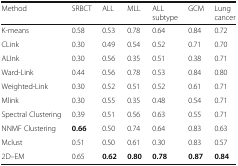
| Method | SRBCT | ALL | MLL | ALL subtype | GCM | Lung cancer |
 | --- | --- | --- | --- | --- | --- | --- |
 | K-means | 0.58 | 0.53 | 0.78 | 0.64 | 0.84 | 0.72 |
 | CLink | 0.30 | 0.49 | 0.54 | 0.52 | 0.71 | 0.70 |
 | ALInk | 0.30 | 0.56 | 0.35 | 0.51 | 0.38 | 0.71 |
 | Ward-Link | 0.44 | 0.56 | 0.78 | 0.53 | 0.84 | 0.80 |
 | Weighted-Link | 0.30 | 0.52 | 0.51 | 0.52 | 0.61 | 0.71 |
 | Mlink | 0.30 | 0.55 | 0.35 | 0.48 | 0.54 | 0.71 |
 | Spectral Clustering | 0.39 | 0.51 | 0.56 | 0.63 | 0.55 | 0.71 |
 | NNMF Clustering | 0.66 | 0.50 | 0.74 | 0.64 | 0.83 | 0.63 |
 | Mclust | 0.51 | 0.50 | 0.61 | 0.30 | 0.83 | 0.57 |
 | 2D–EM | 0.65 | 0.62 | 0.80 | 0.78 | 0.87 | 0.84 |